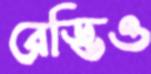
রেড্ডিও